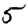
Digit: 5